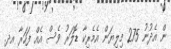
ން އެދުނު 275 މިލިޔަން އެމެރިކާ ޑޮލަރު ވެސް އެއް ފަހަރާ އދ.